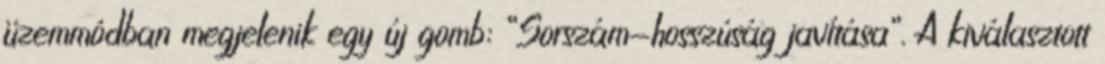
üzemmódban megjelenik egy új gomb: “Sorszám-hosszúság javítása”. A kiválasztott